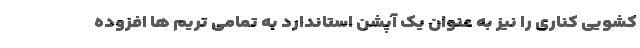
کشویی کناری را نیز به عنوان یک آپشن استاندارد به تمامی تریم ها افزوده